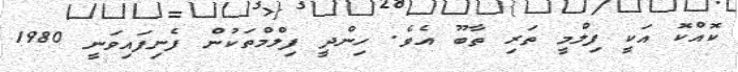
ކޮއްކޮ އަކީ ފިލްމީ ތަރި ތާބޫ އެވެ. ހިންދީ ފިލްމްތަކުން ފެނިފައިވަނީ 1980